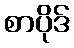
စာပိုဒ်